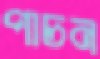
পাচন